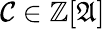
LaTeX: {\mathcal{C}}\in\mathbb{Z}[{\mathfrak{A}}]